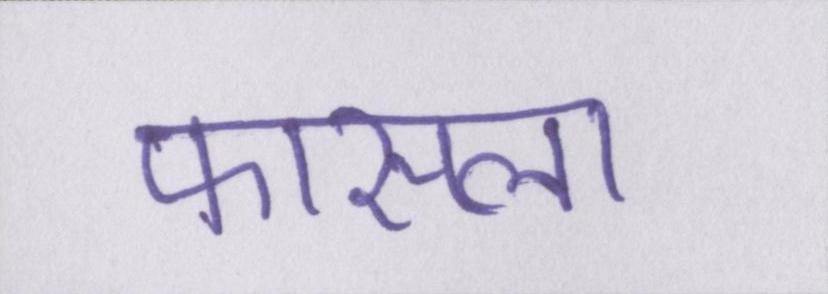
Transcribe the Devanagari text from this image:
फासला